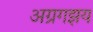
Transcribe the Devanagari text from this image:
अग्रगझय